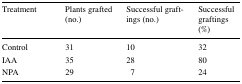
<table><thead><tr><td><b>Treatment</b></td><td><b>Plants grafted (no.)</b></td><td><b>Successful graftings (no.)</b></td><td><b>Successful graftings (%)</b></td></tr></thead><tbody><tr><td>Control</td><td>31</td><td>10</td><td>32</td></tr><tr><td>IAA</td><td>35</td><td>28</td><td>80</td></tr><tr><td>NPA</td><td>29</td><td>7</td><td>24</td></tr></tbody></table>